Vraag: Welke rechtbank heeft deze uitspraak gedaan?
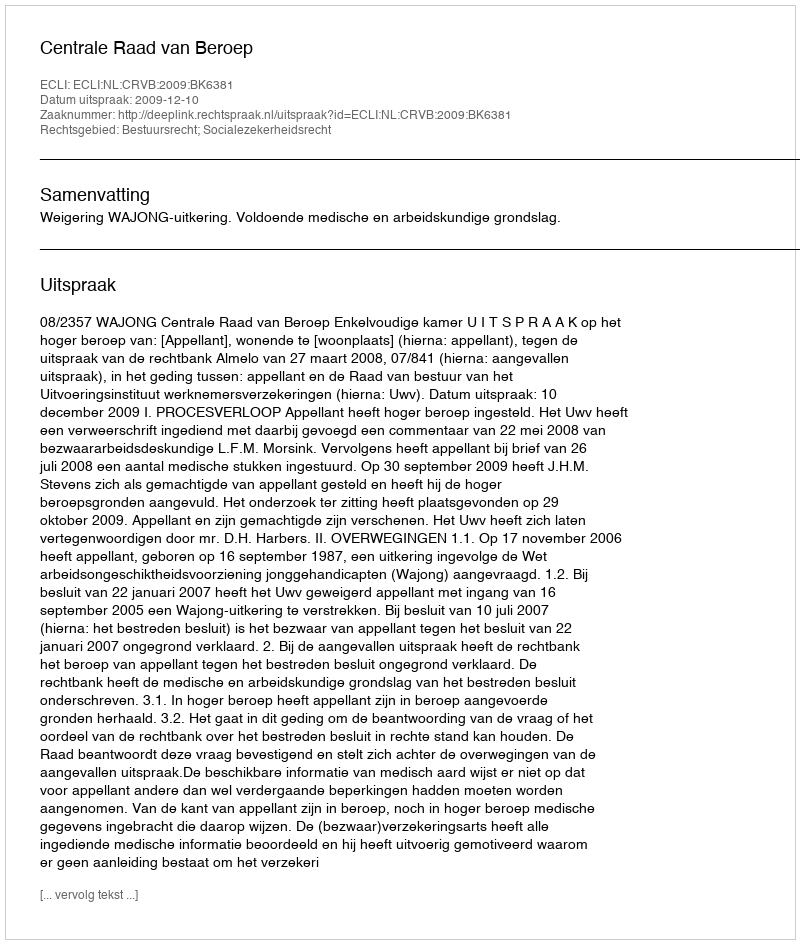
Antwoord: Centrale Raad van Beroep